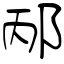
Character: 邴